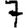
Digit: 7